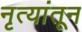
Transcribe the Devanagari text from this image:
नृत्यांतून